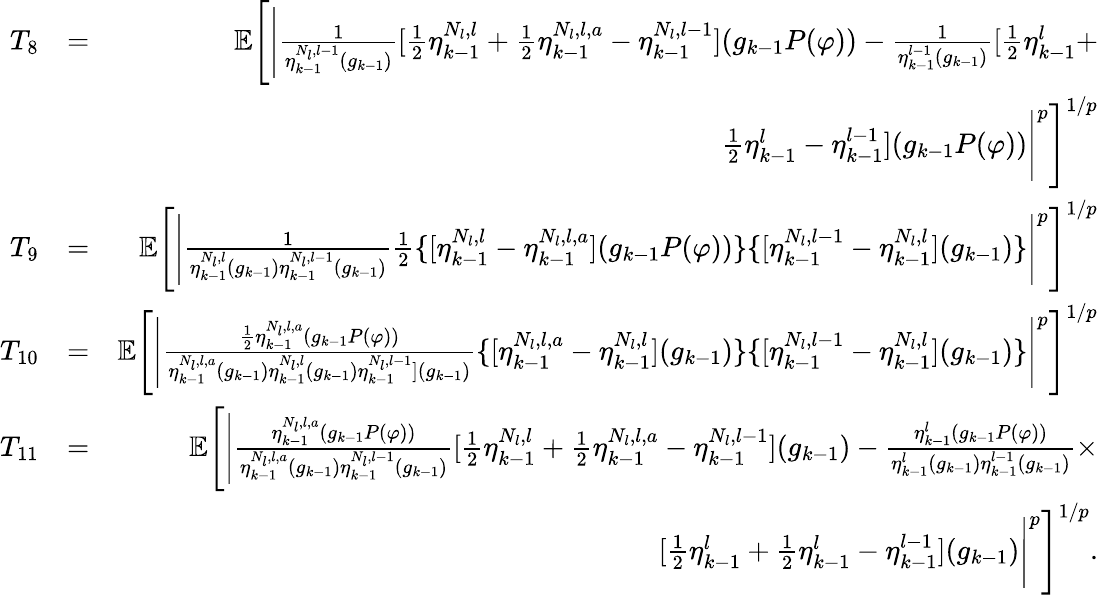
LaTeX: \begin{array}{rlr}{T_{8}}&{=}&{\mathbb{E}\Bigg[\Bigg|\frac{1}{\eta_{k-1}^{N_{l},l-1}(g_{k-1})}[\frac{1}{2}\eta_{k-1}^{N_{l},l}+\frac{1}{2}\eta_{k-1}^{N_{l},l,a}-\eta_{k-1}^{N_{l},l-1}](g_{k-1}P(\varphi))-\frac{1}{\eta_{k-1}^{l-1}(g_{k-1})}[\frac{1}{2}\eta_{k-1}^{l}+}\\ &{}&{\frac{1}{2}\eta_{k-1}^{l}-\eta_{k-1}^{l-1}](g_{k-1}P(\varphi))\Bigg|^{p}\Bigg]^{1/p}}\\ {T_{9}}&{=}&{\mathbb{E}\Bigg[\Bigg|\frac{1}{\eta_{k-1}^{N_{l},l}(g_{k-1})\eta_{k-1}^{N_{l},l-1}(g_{k-1})}\frac{1}{2}\{ [\eta_{k-1}^{N_{l},l}-\eta_{k-1}^{N_{l},l,a}](g_{k-1}P(\varphi))\} \{ [\eta_{k-1}^{N_{l},l-1}-\eta_{k-1}^{N_{l},l}](g_{k-1})\} \Bigg|^{p}\Bigg]^{1/p}}\\ {T_{10}}&{=}&{\mathbb{E}\Bigg[\Bigg|\frac{\frac{1}{2}\eta_{k-1}^{N_{l},l,a}(g_{k-1}P(\varphi))}{\eta_{k-1}^{N_{l},l,a}(g_{k-1})\eta_{k-1}^{N_{l},l}(g_{k-1})\eta_{k-1}^{N_{l},l-1}](g_{k-1})}\{ [\eta_{k-1}^{N_{l},l,a}-\eta_{k-1}^{N_{l},l}](g_{k-1})\} \{ [\eta_{k-1}^{N_{l},l-1}-\eta_{k-1}^{N_{l},l}](g_{k-1})\} \Bigg|^{p}\Bigg]^{1/p}}\\ {T_{11}}&{=}&{\mathbb{E}\Bigg[\Bigg|\frac{\eta_{k-1}^{N_{l},l,a}(g_{k-1}P(\varphi))}{\eta_{k-1}^{N_{l},l,a}(g_{k-1})\eta_{k-1}^{N_{l},l-1}(g_{k-1})}[\frac{1}{2}\eta_{k-1}^{N_{l},l}+\frac{1}{2}\eta_{k-1}^{N_{l},l,a}-\eta_{k-1}^{N_{l},l-1}](g_{k-1})-\frac{\eta_{k-1}^{l}(g_{k-1}P(\varphi))}{\eta_{k-1}^{l}(g_{k-1})\eta_{k-1}^{l-1}(g_{k-1})}\times}\\ &{}&{[\frac{1}{2}\eta_{k-1}^{l}+\frac{1}{2}\eta_{k-1}^{l}-\eta_{k-1}^{l-1}](g_{k-1})\Bigg|^{p}\Bigg]^{1/p}.}\end{array}